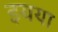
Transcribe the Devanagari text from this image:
इयया